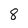
Character: 8